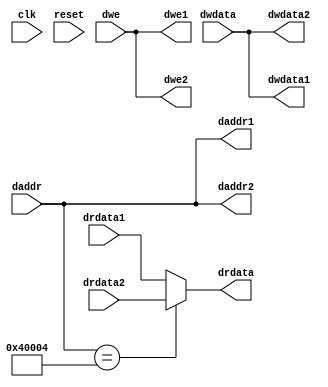
`timescale 1ns/1ps
`define WRITE_BASE_ADDRESS 32'h40000
`define READ_BASE_ADDRESS 32'h40004

module biu (
    input clk,
    input reset,
    input [31:0] daddr,
    input [31:0] dwdata,
    input [3:0] dwe,
    output [31:0] drdata,

    // Signals going to/from dmem
    output [31:0] daddr1,
    output [31:0] dwdata1,
    output [3:0]  dwe1,
    input  [31:0] drdata1,

    // Signals going to/from peripheral
    output [31:0] daddr2,
    output [31:0] dwdata2,
    output [3:0]  dwe2,
    input  [31:0] drdata2
);

   
    assign drdata= (daddr == `READ_BASE_ADDRESS) ? drdata2 : drdata1; // For a load instr. only if this specific address is provided
                                                                      // the counter data comes from the peripheral 

    // We can assign the same address to both DMEM as well as the peripheral as the discretion (muxing logic) to write (for a store instr.)
    // and read ( for a load instr.) is taken based on the address already in perpheral.v so no need to repeat it twice in this case
    
    
    assign daddr1 = daddr;
    assign dwdata1 = dwdata;
    assign dwe1 = dwe;

    assign daddr2 = daddr;
    assign dwdata2 = dwdata;
    assign dwe2 = dwe;
    
    
endmodule

// `timescale 1ns/1ps
// // Bus interface unit: assumes two branches of the bus -
// // 1. connect to dmem
// // 2. connect to a single peripheral
// // The BIU needs to know the addresses at which DMEM and peripheral are
// // connected, so it can do the required multiplexing. 
// // These need to be added as part of your code. 
// module biu (
//     input clk,
//     input reset,
//     input [31:0] daddr,
//     input [31:0] dwdata,
//     input [3:0] dwe,
//     output [31:0] drdata,

//     // Signals going to/from dmem
//     output [31:0] daddr1,
//     output [31:0] dwdata1,
//     output [3:0]  dwe1,
//     input  [31:0] drdata1,

//     // Signals going to/from peripheral
//     output [31:0] daddr2,
//     output [31:0] dwdata2,
//     output [3:0]  dwe2,
//     input  [31:0] drdata2
// );

//     // Modify below so that depending on the actual daddr range the BIU decides whether 
//     // the response was from DMEM or peripheral - maybe a MUX?
//     assign drdata = drdata1;

//     // Send values to DMEM or peripheral (or both if it does not matter)
//     // as required
//     assign daddr1 = daddr;
//     assign dwdata1 = dwdata;
//     assign dwe1 = dwe;

//     assign daddr2 = daddr;
//     assign dwdata2 = dwdata;
//     assign dwe2 = dwe;

// endmodule